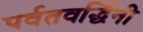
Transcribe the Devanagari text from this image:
पर्वतवर्द्धिनी